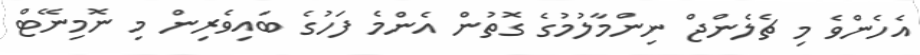
އެހެންވެ މި ޗެލެންޖް ނިންމާލުމުގެ ގޮތުން އެންމެ ފަހުގެ ބައިވެރިން މި ނޮމިނޭޓް